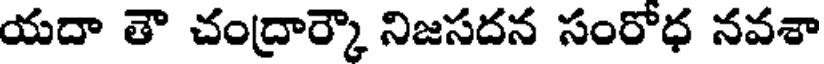
యదా తౌ చంద్రార్కౌ నిజసదన సంరోధ నవశా